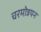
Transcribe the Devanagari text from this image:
चरमोन्नयन